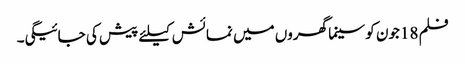
فلم 18جون کو سینما گھروں میں نمائش کیلئے پیش کی جائیگی۔